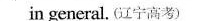
in general. (辽宁高考)